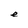
Character: e